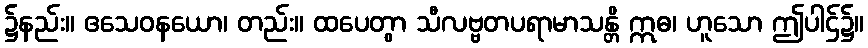
၌နည်း။ ဧသေဝနယော၊ တည်း။ ထပေတွာ သီလဗ္ဗတပရာမာသန္တိ ဣဓ၊ ဟူသော ဤပါဌ်၌။